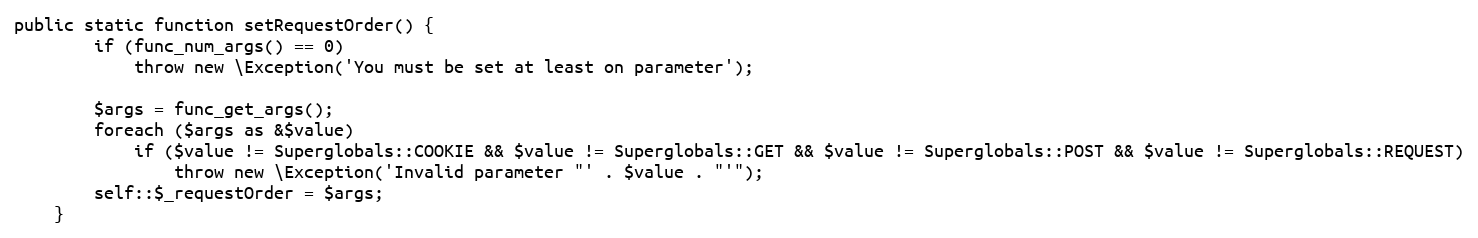
Language: PHP
public static function setRequestOrder() {
        if (func_num_args() == 0)
            throw new \Exception('You must be set at least on parameter');

        $args = func_get_args();
        foreach ($args as &$value)
            if ($value != Superglobals::COOKIE && $value != Superglobals::GET && $value != Superglobals::POST && $value != Superglobals::REQUEST)
                throw new \Exception('Invalid parameter "' . $value . "'");
        self::$_requestOrder = $args;
    }